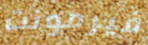
فيرمونت